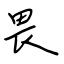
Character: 畏